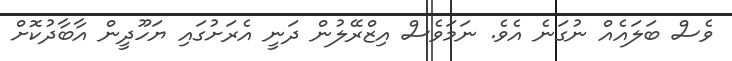
ވެސް ބަލައެއް ނުގަނެ އެވެ. ނަމަވެސް އިޒްރޭލުން ދަނީ އެރަށުގައި ޔަހޫދީން އާބާދުކޮށް